Senior Leaving Certificate Examination (including Day School Certificate (Higher) General paper), 1946
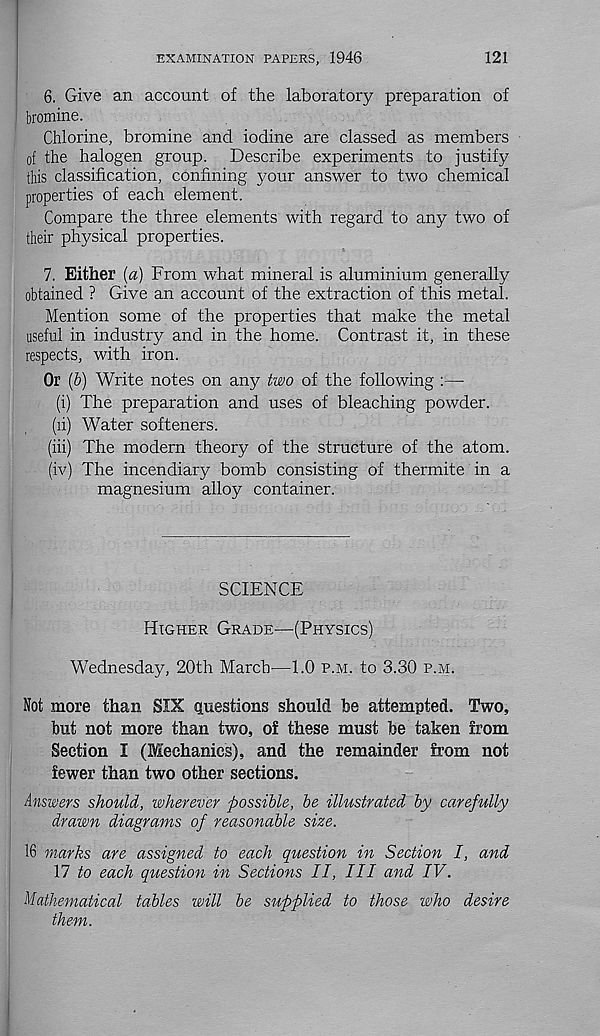
EXAMINATION PAPERS, 1946
121
6. Give an account of the laboratory preparation of
bromine.
Chlorine, bromine and iodine are classed as members
of the halogen group. Describe experiments to justify
this classification, confining your answer to two chemical
properties of each element.
Compare the three elements with regard to any two of
their physical properties.
7. Either [a) From what mineral is aluminium generally
obtained ? Give an account of the extraction of this metal.
Mention some of the properties that make the metal
useful in industry and in the home. Contrast it, in these
respects, with iron.
Or (b) Write notes on any two of the following :—•
(i) The preparation and uses of bleaching powder.
(li) Water softeners.
(iii) The modern theory of the structure of the atom.
(iv) The incendiary bomb consisting of thermite in a
magnesium alloy container.
SCIENCE
Higher Grade—(Physics)
Wednesday, 20th March'—1.0 p.m. to 3.30 p.m.
Not more than SIX questions should be attempted. Two,
but not more than two, of these must be taken from
Section I (Mechanics), and the remainder from not
fewer than two other sections.
Answers should, wherever possible, be illustrated by carefully
drawn diagrams of reasonable size.
16 marks are assigned to each question in Section I, and
17 to each question in Sections II, III and IV.
Mathematical tables will be supplied to those who desire
them.